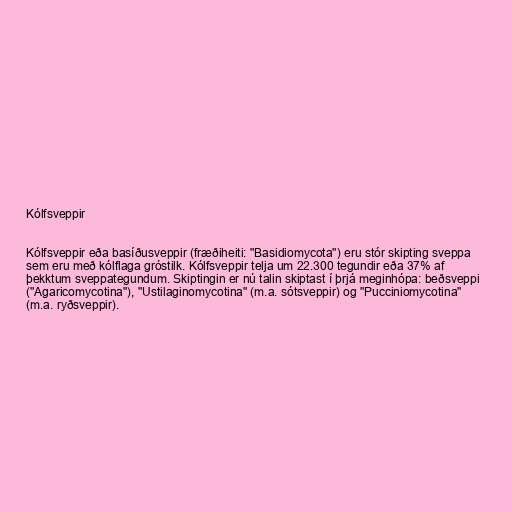
Kólfsveppir

Kólfsveppir eða basíðusveppir (fræðiheiti: "Basidiomycota") eru stór skipting sveppa
sem eru með kólflaga gróstilk. Kólfsveppir telja um 22.300 tegundir eða 37% af
þekktum sveppategundum. Skiptingin er nú talin skiptast í þrjá meginhópa: beðsveppi
("Agaricomycotina"), "Ustilaginomycotina" (m.a. sótsveppir) og "Pucciniomycotina"
(m.a. ryðsveppir).